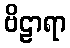
ဗိဠာရာ